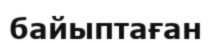
байыптаған